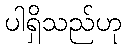
ပါရှိသည်ဟု